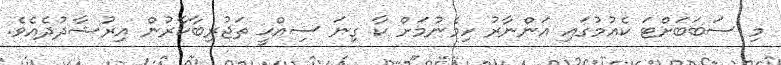
މި ސަބަބަށްޓަ ކެއުމުގައި އަންނާރު ހިމެނުމަށް ކާ ގިނަ ސިއްޙީ ތަޖުރިބާކާރުން އިރުޝާދުދެއެވެ.